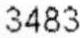
3483